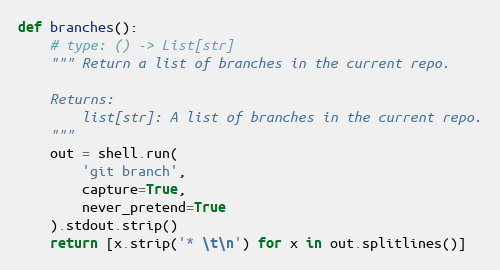
Language: Python
def branches():
    # type: () -> List[str]
    """ Return a list of branches in the current repo.

    Returns:
        list[str]: A list of branches in the current repo.
    """
    out = shell.run(
        'git branch',
        capture=True,
        never_pretend=True
    ).stdout.strip()
    return [x.strip('* \t\n') for x in out.splitlines()]